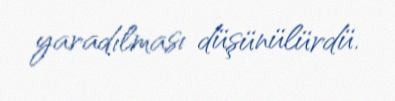
yaradılması düşünülürdü.